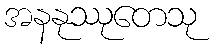
အနနုဿုတေသု